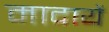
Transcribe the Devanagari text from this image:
मादायें